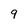
Character: 9